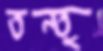
তন্তু